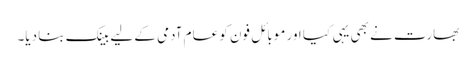
بھارت نے بھی یہی کیا اور موبائل فون کو عام آدمی کے لیے بینک بنا دیا۔